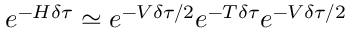
e ^ { - H \delta \tau } \simeq e ^ { - V \delta \tau / 2 } e ^ { - T \delta \tau } e ^ { - V \delta \tau / 2 }